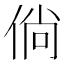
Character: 倘